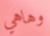
وهاهي